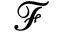
\mathcal { F }